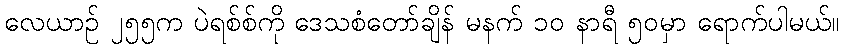
လေယာဉ် ၂၅၅က ပဲရစ်စ်ကို ဒေသစံတော်ချိန် မနက် ၁၀ နာရီ ၅၀မှာ ရောက်ပါမယ်။